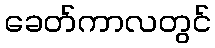
ခေတ်ကာလတွင်